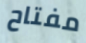
مفتاح